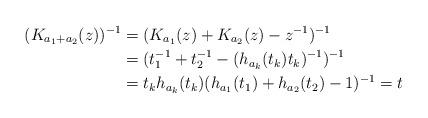
LaTeX: \begin{align*}(K_{a_1+a_2}(z))^{-1} &= (K_{a_1}(z) + K_{a_2}(z) - z^{-1})^{-1} \\&= (t_1^{-1} + t_2^{-1} - (h_{a_k}(t_k)t_k)^{-1})^{-1} \\&= t_kh_{a_k}(t_k)(h_{a_1}(t_1) + h_{a_2}(t_2) - 1)^{-1} = t\end{align*}